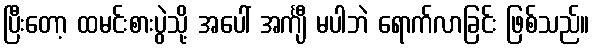
ပြီးတော့ ထမင်းစားပွဲသို့ အပေါ် အင်္ကျီ မပါဘဲ ရောက်လာခြင်း ဖြစ်သည်။